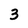
Character: 3